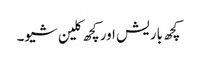
کچھ باریش اور کچھ کلین شیو۔